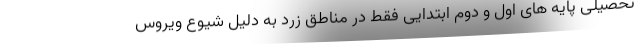
تحصیلی پایه های اول و دوم ابتدایی فقط در مناطق زرد به دلیل شیوع ویروس